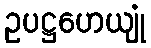
ဥပဋ္ဌဟေယျုံ